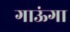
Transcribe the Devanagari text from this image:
गाऊंगा